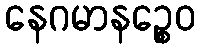
နေဂမာနဉ္စေဝ